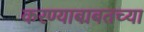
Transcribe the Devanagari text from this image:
करण्याबाबतच्या